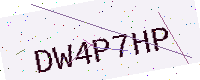
Text: DW4P7HP